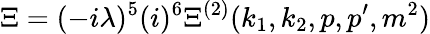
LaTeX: \Xi=(-i\lambda)^{5}(i)^{6}\Xi^{(2)}(k_{1},k_{2},p,p^{\prime},m^{2})